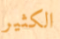
الكثير